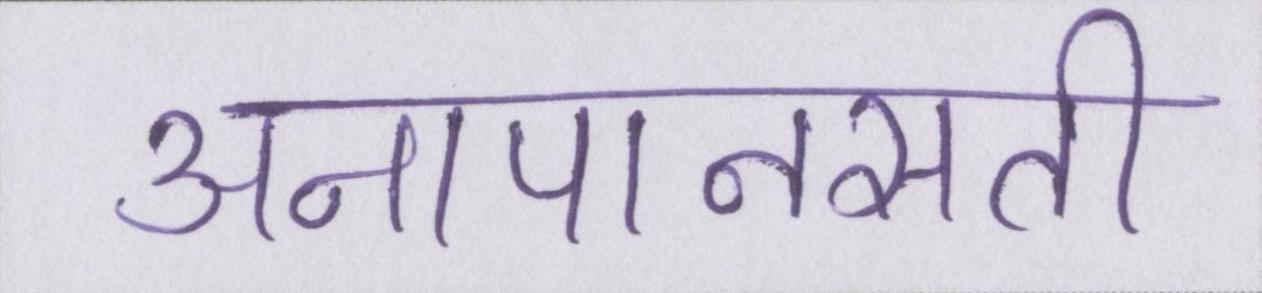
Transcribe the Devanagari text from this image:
अनापानसती